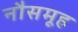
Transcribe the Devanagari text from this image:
नौसमूह